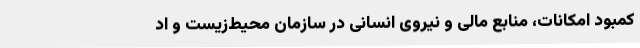
کمبود امکانات، منابع مالی و نیروی انسانی در سازمان محیط‌زیست و اد